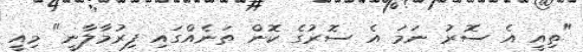
"ތިއީ އެ ސޮރު ނަމަ އެ ސޮރުގެ ކޮން ތަނެއްގައި ފިރުމާލާނީ" މިއީ